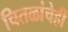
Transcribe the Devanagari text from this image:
चितळांचेही